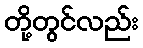
တို့တွင်လည်း